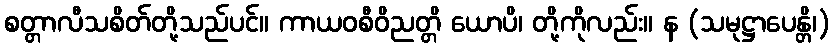
စတ္တာလီသစိတ်တို့သည်ပင်။ ကာယဝစီဝိညတ္တိ ယောပိ၊ တို့ကိုလည်း။ န (သမုဋ္ဌာပေန္တိ၊)